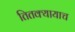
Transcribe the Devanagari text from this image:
तितक्यायाच